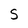
Character: S